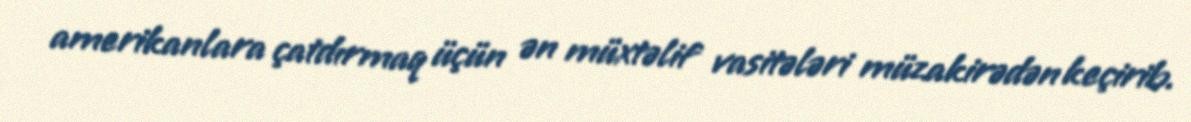
amerikanlara çatdırmaq üçün ən müxtəlif vasitələri müzakirədən keçirib.